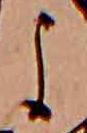
よ